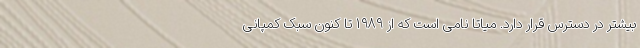
بیشتر در دسترس قرار دارد. میاتا نامی است که از 1989 تا کنون سبک کمپانی